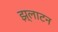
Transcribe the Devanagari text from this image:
झ्लाटन